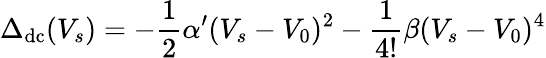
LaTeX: \Delta_{\mathrm{dc}}(V_{s})=-\frac{1}{2}\alpha^{\prime}(V_{s}-V_{0})^{2}-\frac{1}{4!}\beta(V_{s}-V_{0})^{4}